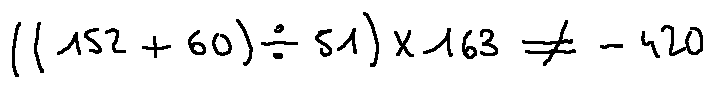
( ( 1 5 2 + 6 0 ) \div 5 1 ) \times 1 6 3 \neq - 4 2 0